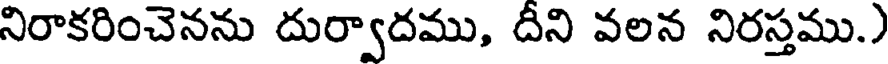
నిరాకరించెనను దుర్వాదము, దీని వలన నిరస్తము.)